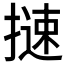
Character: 𢳪